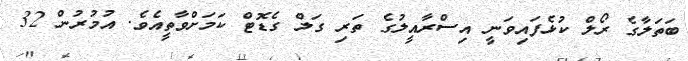
ބަތަލާގެ ރޯލް ކުޅެފައިވަނީ އިސްރާއީލުގެ ތަރި ގަލް ގެޑޮޓް ކަމަށްވާތީއެވެ. އުމުރުން 32